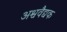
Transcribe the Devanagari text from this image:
अश्ववैद्यक